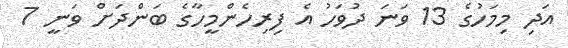
އަދި މިމަހުގެ 13 ވަނަ ދުވަހު އެ ފިރިހެންމީހާގެ ބަންދަށް ވަނީ 7